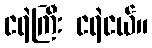
ငရဲကြီး ငရဲငယ်။